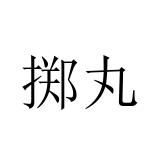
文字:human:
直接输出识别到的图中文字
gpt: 掷丸